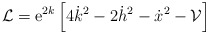
\begin{align*}{\cal L} = {\rm e}^{2k} \left[ 4 \dot{k}^2 - 2 \dot{h}^2 -\dot{x}^2 - {\cal V} \right] \end{align*}